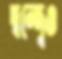
দ্বন্দ্বেও